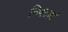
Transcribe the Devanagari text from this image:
निपटाएं